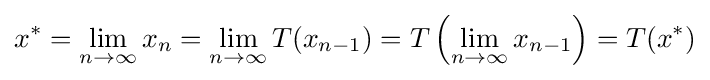
x^{*}=\lim _{n\to \infty }x_{n}=\lim _{n\to \infty }T(x_{n-1})=T\left(\lim _{n\to \infty }x_{n-1}\right)=T(x^{*})